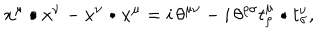
x ^ { \mu } \bullet x ^ { \nu } - x ^ { \nu } \bullet x ^ { \mu } = i \, \theta ^ { \mu \nu } - i \, \theta ^ { \rho \sigma } t _ { \rho } ^ { \mu } \bullet t _ { \sigma } ^ { \nu } ,